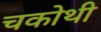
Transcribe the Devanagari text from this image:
चकोथी